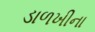
ડાળખીના